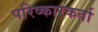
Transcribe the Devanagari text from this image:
परिष्कारकर्ता